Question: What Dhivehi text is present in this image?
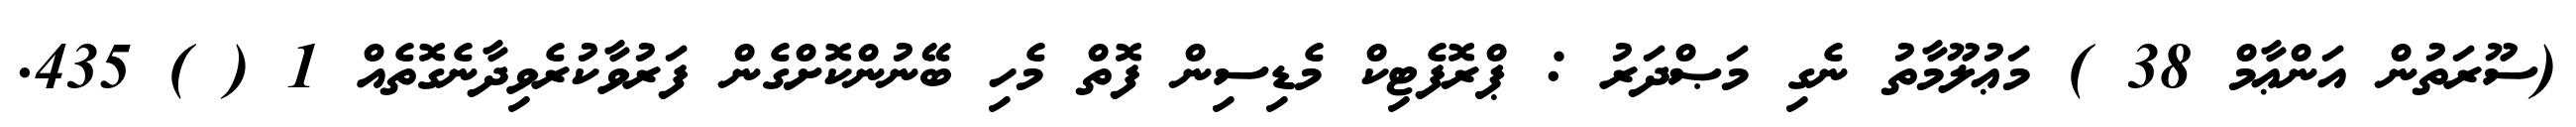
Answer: (ސޫރަތުން އަންޢާމް 38 ) މަޢުލޫމާތު ނެގި މަޞްދަރު : ޕްރޮފެޓިކް މެޑިސިން ފޮތް މެހި ބޭނުންކޮށްގެން ފަރުވާކުރެވިދާނެގޮތެއް 1 ( ) 435.